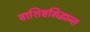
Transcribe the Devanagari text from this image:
वाशिष्टसिद्धान्त